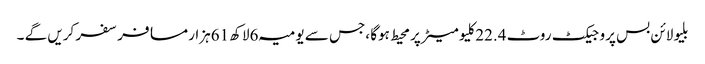
بلیو لائن بس پروجیکٹ روٹ 22.4کلیو میٹر پر محیط ہوگا ،جس سے یومیہ 6لاکھ 61ہزار مسافر سفر کریں گے ۔